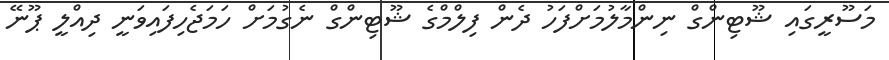
މަސޫރީގައި ޝޫޓިންގް ނިންމާލުމަށްފަހު ދެން ފިލްމްގެ ޝޫޓިންގް ނެގުމަށް ހަމަޖެހިފައިވަނީ ދިއްލީ ޕޫނޭ